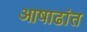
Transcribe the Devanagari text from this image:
आषाढांत